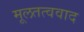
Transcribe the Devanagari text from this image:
मूलतत्ववाद